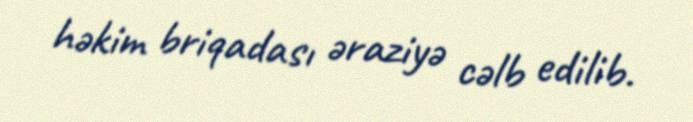
həkim briqadası əraziyə cəlb edilib.